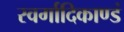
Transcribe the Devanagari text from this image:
स्वर्गादिकाण्डं